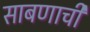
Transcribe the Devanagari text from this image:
साबणाची